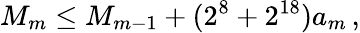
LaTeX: M_{m}\leq M_{m-1}+(2^{8}+2^{18})a_{m}\, ,